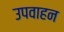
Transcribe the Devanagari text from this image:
उपवाहन